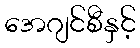
အေဂျင်စီနှင့်